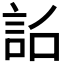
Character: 𧦎